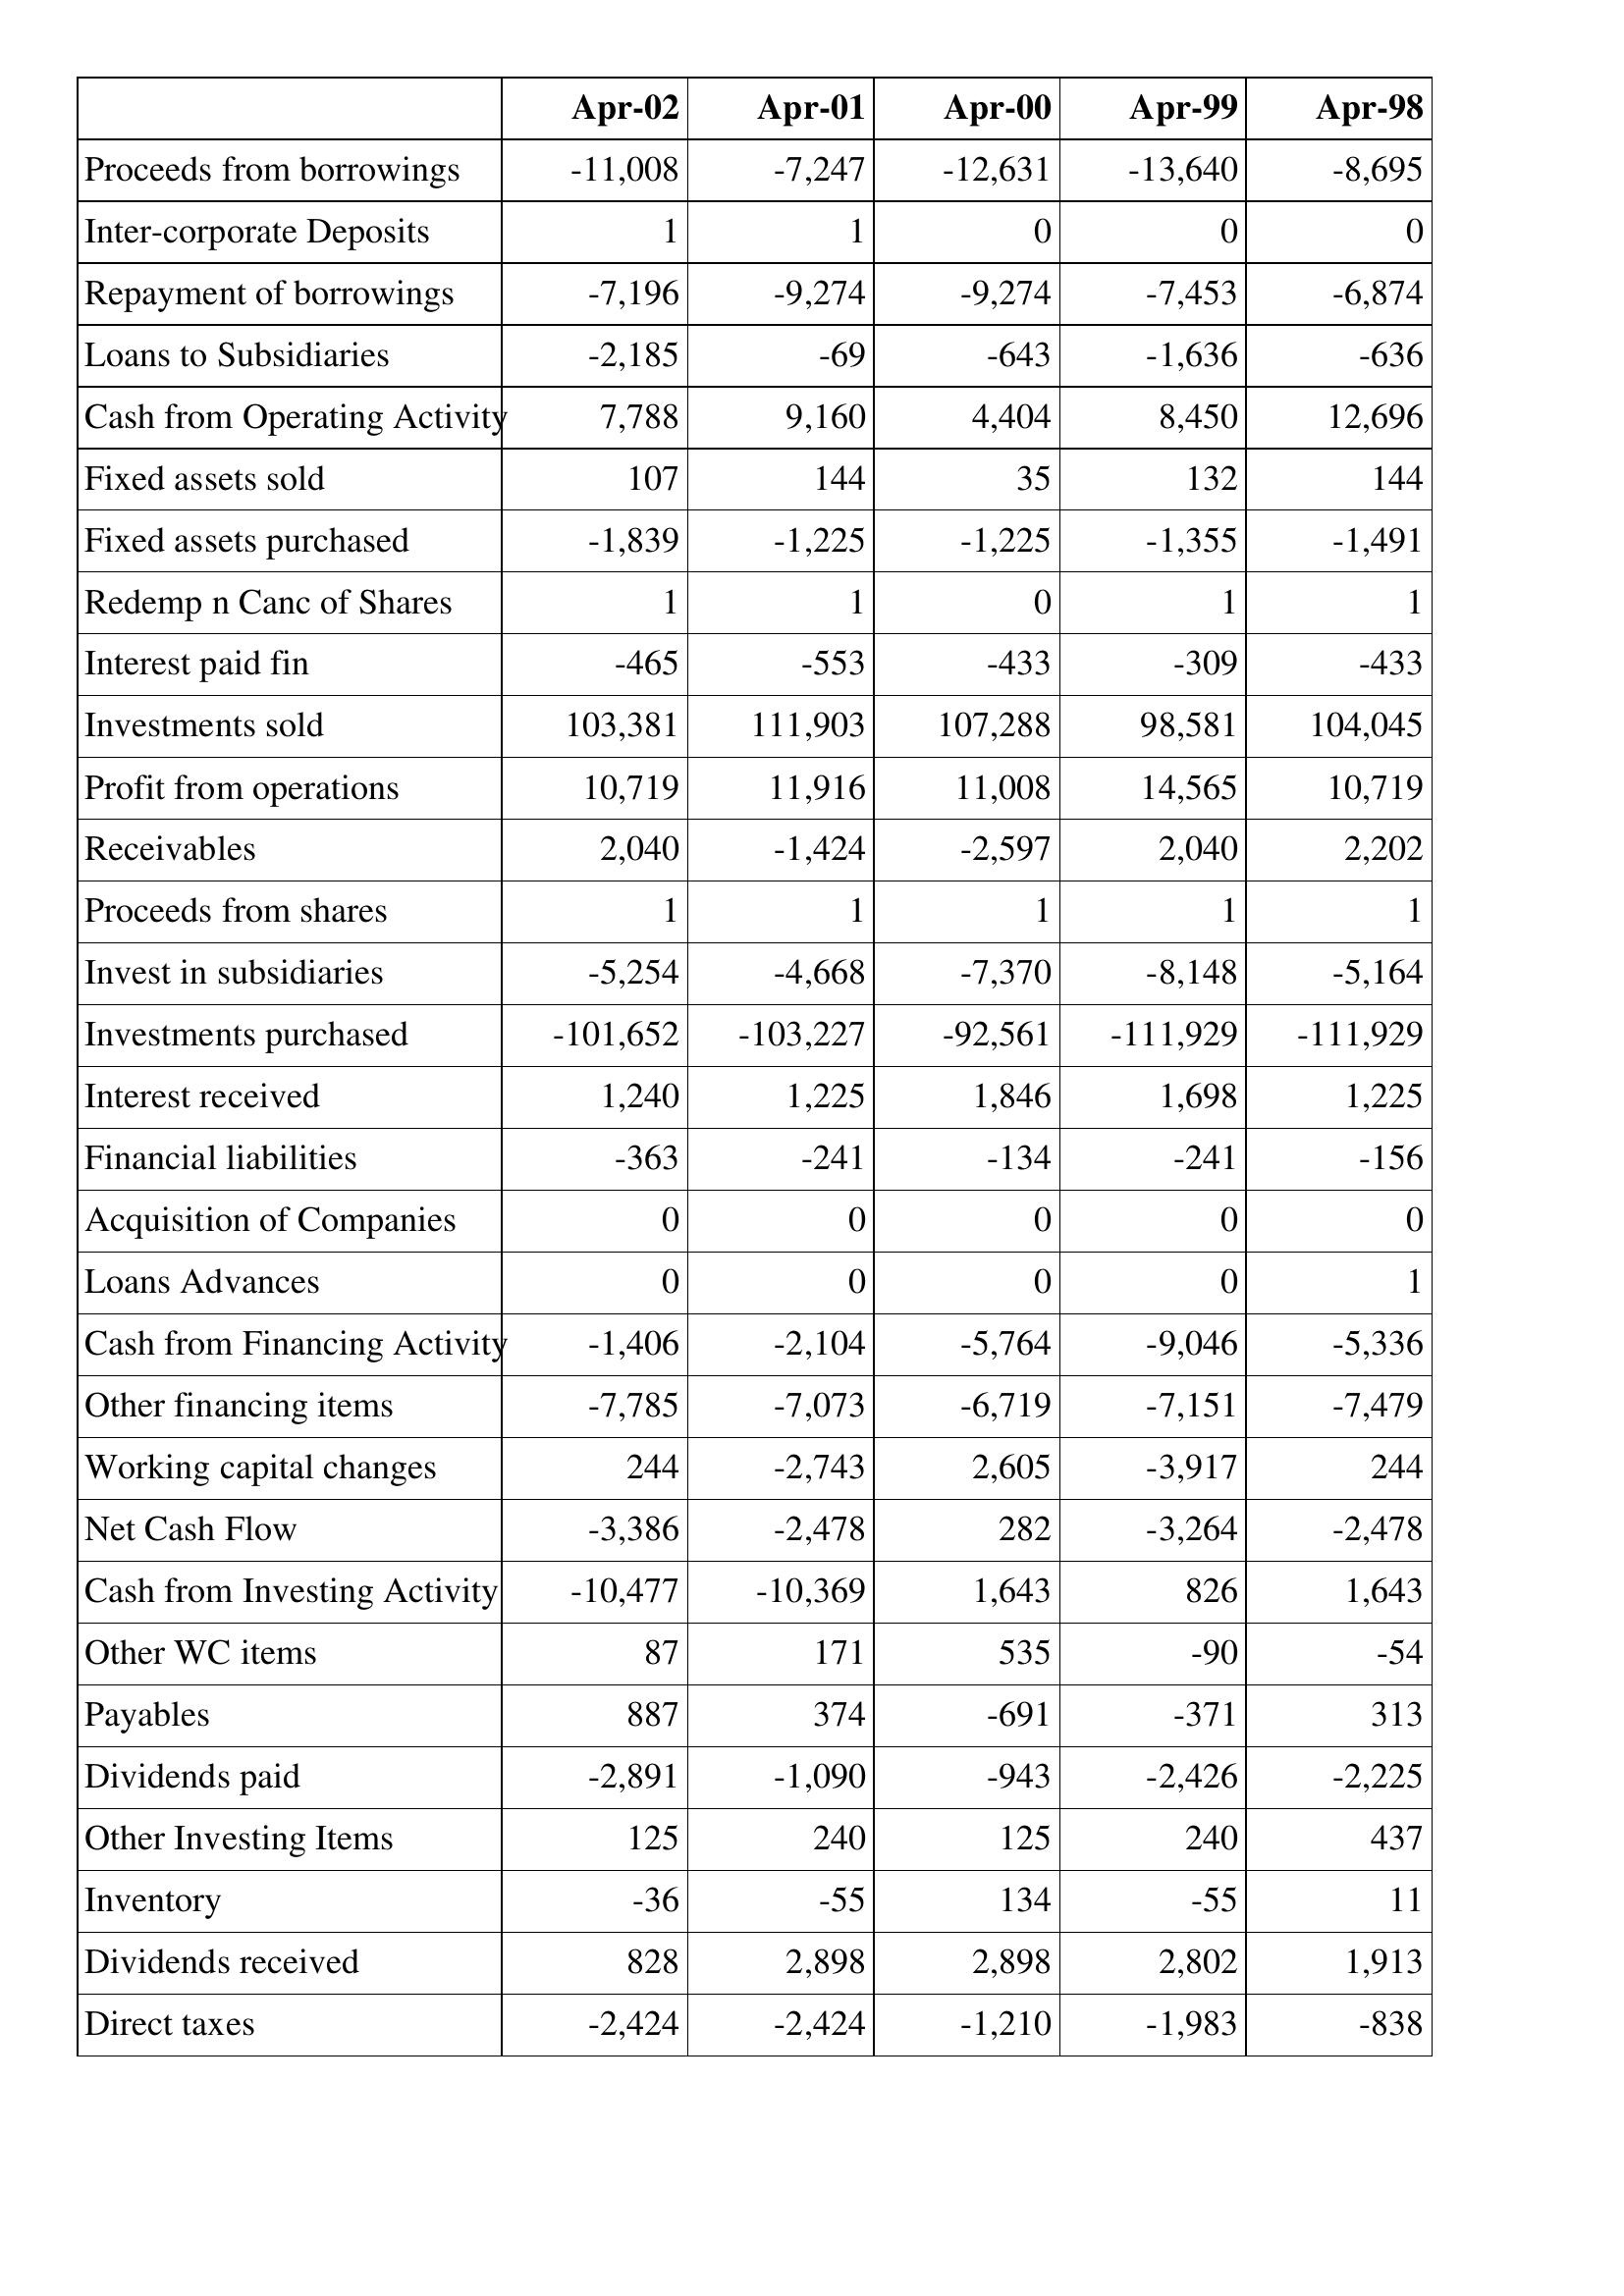
Apr-02: Cash Flows: Proceeds from borrowings: -11,008
Inter-corporate Deposits: 1
Repayment of borrowings: -7,196
Loans to Subsidiaries: -2,185
Cash from Operating Activity: 7,788
Fixed assets sold: 107
Fixed assets purchased: -1,839
Redemp n Canc of Shares: 1
Interest paid fin: -465
Investments sold: 103,381
Profit from operations: 10,719
Receivables: 2,040
Proceeds from shares: 1
Invest in subsidiaries: -5,254
Investments purchased: -101,652
Interest received: 1,240
Financial liabilities: -363
Acquisition of Companies: 0
Loans Advances: 0
Cash from Financing Activity: -1,406
Other financing items: -7,785
Working capital changes: 244
Net Cash Flow: -3,386
Cash from Investing Activity: -10,477
Other WC items: 87
Payables: 887
Dividends paid: -2,891
Other Investing Items: 125
Inventory: -36
Dividends received: 828
Direct taxes: -2,424
Apr-01: Cash Flows: Proceeds from borrowings: -7,247
Inter-corporate Deposits: 1
Repayment of borrowings: -9,274
Loans to Subsidiaries: -69
Cash from Operating Activity: 9,160
Fixed assets sold: 144
Fixed assets purchased: -1,225
Redemp n Canc of Shares: 1
Interest paid fin: -553
Investments sold: 111,903
Profit from operations: 11,916
Receivables: -1,424
Proceeds from shares: 1
Invest in subsidiaries: -4,668
Investments purchased: -103,227
Interest received: 1,225
Financial liabilities: -241
Acquisition of Companies: 0
Loans Advances: 0
Cash from Financing Activity: -2,104
Other financing items: -7,073
Working capital changes: -2,743
Net Cash Flow: -2,478
Cash from Investing Activity: -10,369
Other WC items: 171
Payables: 374
Dividends paid: -1,090
Other Investing Items: 240
Inventory: -55
Dividends received: 2,898
Direct taxes: -2,424
Apr-00: Cash Flows: Proceeds from borrowings: -12,631
Inter-corporate Deposits: 0
Repayment of borrowings: -9,274
Loans to Subsidiaries: -643
Cash from Operating Activity: 4,404
Fixed assets sold: 35
Fixed assets purchased: -1,225
Redemp n Canc of Shares: 0
Interest paid fin: -433
Investments sold: 107,288
Profit from operations: 11,008
Receivables: -2,597
Proceeds from shares: 1
Invest in subsidiaries: -7,370
Investments purchased: -92,561
Interest received: 1,846
Financial liabilities: -134
Acquisition of Companies: 0
Loans Advances: 0
Cash from Financing Activity: -5,764
Other financing items: -6,719
Working capital changes: 2,605
Net Cash Flow: 282
Cash from Investing Activity: 1,643
Other WC items: 535
Payables: -691
Dividends paid: -943
Other Investing Items: 125
Inventory: 134
Dividends received: 2,898
Direct taxes: -1,210
Apr-99: Cash Flows: Proceeds from borrowings: -13,640
Inter-corporate Deposits: 0
Repayment of borrowings: -7,453
Loans to Subsidiaries: -1,636
Cash from Operating Activity: 8,450
Fixed assets sold: 132
Fixed assets purchased: -1,355
Redemp n Canc of Shares: 1
Interest paid fin: -309
Investments sold: 98,581
Profit from operations: 14,565
Receivables: 2,040
Proceeds from shares: 1
Invest in subsidiaries: -8,148
Investments purchased: -111,929
Interest received: 1,698
Financial liabilities: -241
Acquisition of Companies: 0
Loans Advances: 0
Cash from Financing Activity: -9,046
Other financing items: -7,151
Working capital changes: -3,917
Net Cash Flow: -3,264
Cash from Investing Activity: 826
Other WC items: -90
Payables: -371
Dividends paid: -2,426
Other Investing Items: 240
Inventory: -55
Dividends received: 2,802
Direct taxes: -1,983
Apr-98: Cash Flows: Proceeds from borrowings: -8,695
Inter-corporate Deposits: 0
Repayment of borrowings: -6,874
Loans to Subsidiaries: -636
Cash from Operating Activity: 12,696
Fixed assets sold: 144
Fixed assets purchased: -1,491
Redemp n Canc of Shares: 1
Interest paid fin: -433
Investments sold: 104,045
Profit from operations: 10,719
Receivables: 2,202
Proceeds from shares: 1
Invest in subsidiaries: -5,164
Investments purchased: -111,929
Interest received: 1,225
Financial liabilities: -156
Acquisition of Companies: 0
Loans Advances: 1
Cash from Financing Activity: -5,336
Other financing items: -7,479
Working capital changes: 244
Net Cash Flow: -2,478
Cash from Investing Activity: 1,643
Other WC items: -54
Payables: 313
Dividends paid: -2,225
Other Investing Items: 437
Inventory: 11
Dividends received: 1,913
Direct taxes: -838